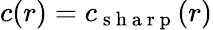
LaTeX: c(r)=c_{\mathrm{~s~h~a~r~p~}}(r)